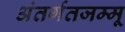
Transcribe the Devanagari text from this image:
अंतर्गतजम्मू